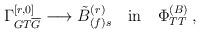
LaTeX: \begin{align*}\Gamma^{[r,0]}_{GT\overline{G}} \longrightarrow {\tilde{B}}^{(r)}_{(f)s}\quad{\rm{in}}\quad \Phi^{(B)}_{TT} \, ,\end{align*}